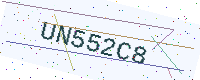
Text: UN552C8